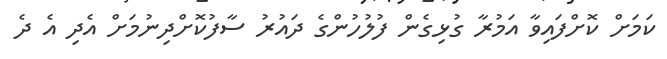
ކަމަށް ކޮށްފައިވާ އަމުރާ ގުޅިގެން ފުލުހުންގެ ދައުރު ސާފުކޮށްދިނުމަށް އެދި އެ ދެ